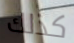
كذلك